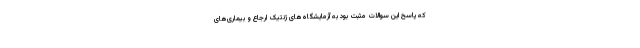
که پاسخ این سوالات مثبت بود به آزمایشگاه‌های ژنتیک ارجاع و بیماری‌های